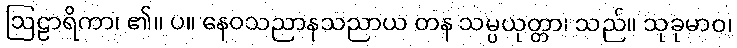
ဩဠာရိကာ၊ ၏။ ပ။ နေဝသညာနသညာယ တန သမ္ပယုတ္တာ၊ သည်။ သုခုမာဝ၊